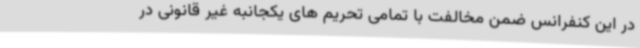
در این کنفرانس ضمن مخالفت با تمامی تحریم های یکجانبه غیر قانونی در